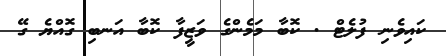
ކައިވެނި ފުލެޓް . ކޮބާ މަމެންގެ ވަޒީފާ ކޮބާ އަނބި ގޮއްޔެ ގޭ